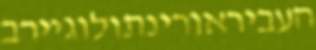
העביראורינתולוגיירב